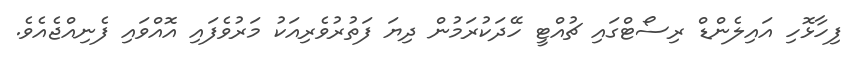
ފިހާޅޮހި އައިލެންޑް ރިސޯޓްގައި ޗުއްޓީ ހޭދަކުރަމުން ދިޔަ ފަތުރުވެރިއަކު މަރުވެފައި އޮއްވައި ފެނިއްޖެއެވެ.